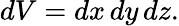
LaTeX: dV=dx\, dy\, dz.